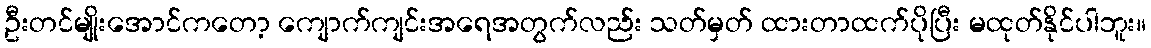
ဦးတင်မျိုးအောင်ကတော့ ကျောက်ကျင်းအရေအတွက်လည်း သတ်မှတ် ထားတာထက်ပိုပြီး မထုတ်နိုင်ပါဘူး။